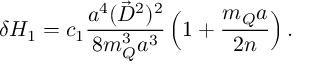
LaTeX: \delta H _ { 1 } = c _ { 1 } \frac { a ^ { 4 } ( \vec { D } ^ { 2 } ) ^ { 2 } } { 8 m _ { Q } ^ { 3 } a ^ { 3 } } \left( 1 + \frac { m _ { Q } a } { 2 n } \right) .